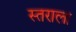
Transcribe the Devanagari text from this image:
स्तराला